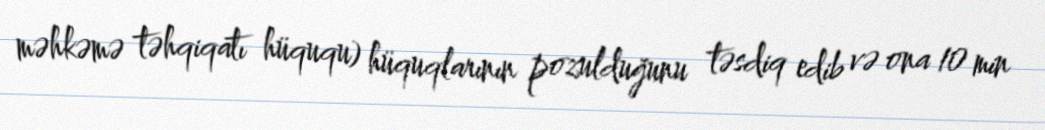
məhkəmə təhqiqatı hüququ) hüquqlarının pozulduğunu təsdiq edib və ona 10 min